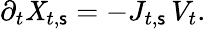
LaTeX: \partial_{t}\mathit{X}_{t,\mathsf{s}}=-J_{t,\mathsf{s}}\, V_{t}.